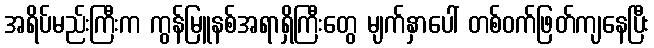
အရိပ်မည်းကြီးက ကွန်မြူနစ်အရာရှိကြီးတွေ မျက်နှာပေါ် တစ်ဝက်ဖြတ်ကျနေပြီး